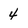
Character: 4